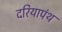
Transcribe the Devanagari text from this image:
दरियापंथ